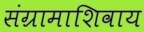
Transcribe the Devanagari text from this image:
संग्रामाशिवाय